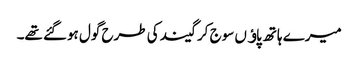
میرے ہاتھ پاﺅں سوج کر گیند کی طرح گول ہوگئے تھے۔